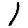
Digit: 1